Report of the King Institute of Preventive Medicine, Guindy
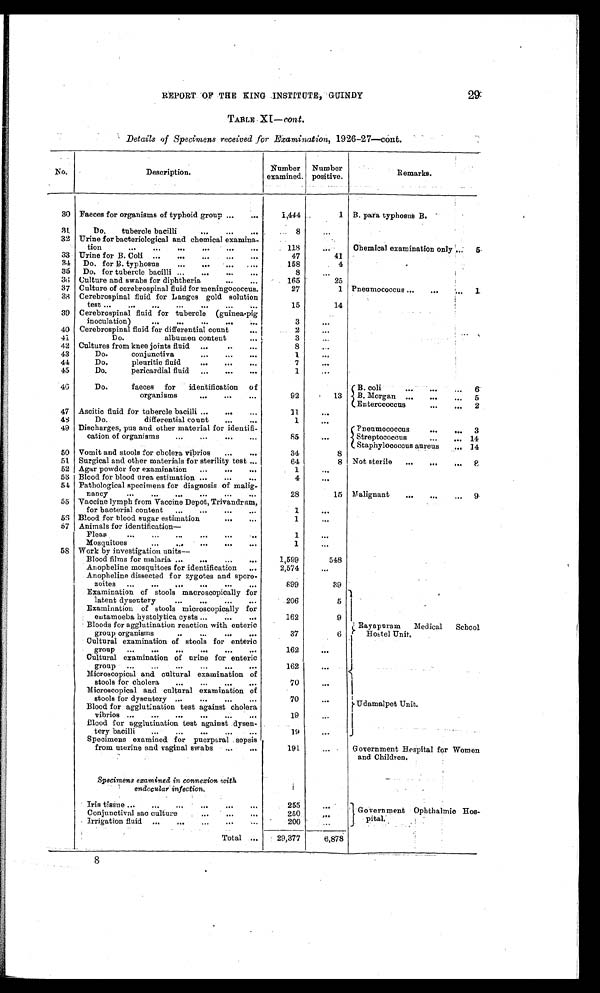
29
REPORT OF THE SING INSTITUTE, GUINDY
TABLE XI— cont.
Details of Specimens received for Examination, 1926-27—cont.
No.
Description.
Number
examined.
Number
positive.
Remarks.
30 Faeces for organisms of typhoid group . . .
1,444
1 B. para typhosus B.
31
Do. tubercle bacilli . . .
8
. . .
32 Urine for bacteriological and chemical examina-tion . . .
118
. . .
Chemical examination only . . .
5
33 Urine for B. Coli . . .
47
41
34
Do. for B. typhosus . . .
158
4
35
Do. for tubercle bacilli . . .
8
. . .
36 Culture and swabs for diphtheria . . .
165
25
37 Culture of cerebrospinal fluid for meningococcus.
27
1 Pneumococcus . . .
1
38 Cerebrospinal fluid for Langes gold solution
15
14
39 Cerebrospinal fluid for tubercle (guinea-pig
inoculation) . . .
3
. . .
40 Cerebrospinal fluid for differential count . . .
2
. . .
41
Do. albumen content . . .
3
. . .
42 Cultures from knee joints fluid . . .
8
. . .
43
Do. conjunctiva . . .
1
. . .
44
Do. pleuritic fluid . . .
7
. . .
45
Do. Pericardial fluid . . .
1
. . .
46
Do. faeces for identification of
organisms . . .
92
13
B. coli . . .
6
B. Morgan . . .
5
Enterccoccus . . .
2
47 Ascitic fluid for tubercle bacilli . . .
11
. . .
48
Do. differential count . . .
1
. . .
49 Discharges, pus and other material for identifi
-cation of organisms . . .
85
. . .
Pneumococcus . . .
3
Streptococcus . . . 14
Staphylococcus aureus . . . 14
50 Vomit and stools for cholera vibrios . . .
34
8
51 Surgical and other materials for sterility test . . .
64
8 Not sterile . . .
8
52 Agar powder for examination . . .
1
. . .
53 Blood for blood urea estimation . . .
4
. . .
54 Pathological specimens for diagnosis of malig
-nancy . . .
28
15 Malignant . . .
9
55 Vaccine lymph from Vaccine Depot, Trivandrum,
for bacterial content . . .
1
. . .
56 Blood for blood sugar estimation . . .
1
. . .
57 Animals for identification—
Fleas . . .
1
. . .
Mosquitoes . . .
1
. . .
58 Work by investigation units
—
Blood films for malaria . . .
1,599
548
Anopheline mosquitoes for identification . . .
2,574
. . .
Anopheline dissected for zygotes and sporo
-zoites . . .
899
39
Examination of stools macroscopically for
latent dysentery . . .
206
5
Examination of stools microscopically for
entamoeba hystolytica cysts . . .
162
9
Bloods for agglutination reaction with enteric
group organisms . . .
37
6
Rayapuram
Medical
School
Hostel Unit.
Cultural examination of stools for enteric
group . . .
162
. . .
Cultural examination of urine for enteric
162
. . .
Microscopical and cultural examination of
stools for cholera . . .
70
. . .
Microscopical and cultural examination of
stools for dysentery . . .
70
. . .
U d a m a l p e t U n i t .
Blood for agglutination test against cholera
vibrios . . .
19
. . .
Blood for agglutination test against dysen
-tery bacilli . . .
19
. . .
Specimens examined for puerperal sepsis
from uterine and vaginal swabs . . .
191
. . . Government Hospital for Women
and Children.
Specimens examined in connexion with
endocular infection.
Iris tissue . . .
255
. . .
Government Ophthalmic Hos
-pital.
250
Conjunctival sac culture . . .
. . .
Irrigation fluid . . .
200
. . .
Total . . .
29,377
6,878